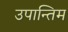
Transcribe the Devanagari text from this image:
उपान्तिम